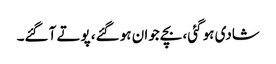
شادی ہو گئی، بچے جوان ہو گئے، پوتے آ گئے۔